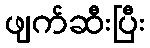
ဖျက်ဆီးပြီး